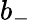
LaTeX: b_{-}